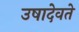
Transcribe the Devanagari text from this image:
उषादेवते